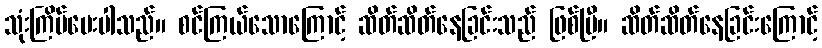
သုံးကြိမ်မေးပါသည်။ စင်ကြယ်သောကြောင့် ဆိတ်ဆိတ်နေခြင်းသည် ဖြစ်ပြီ။ ဆိတ်ဆိတ်နေခြင်းကြောင့်